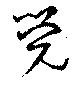
覺